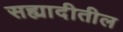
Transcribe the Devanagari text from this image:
सह्यादीतील